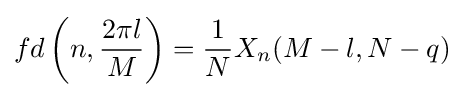
fd\left(n,{\frac {2\pi l}{M}}\right)={\frac {1}{N}}X_{n}(M-l,N-q)